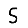
Digit: 5